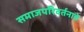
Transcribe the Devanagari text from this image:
समाजपरिवर्तनाचे